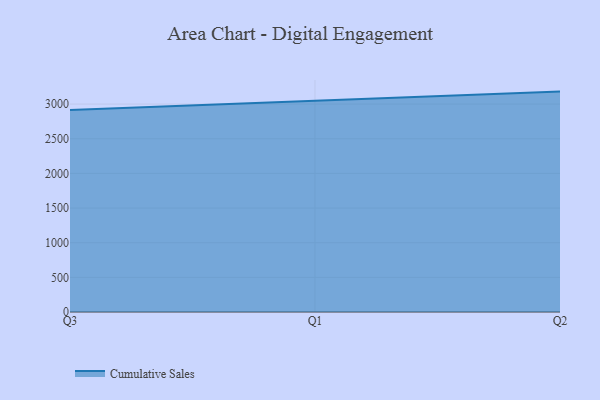
{"axis": {"x": "Quarter", "y": "Humidity (%)"}, "legend": ["Cumulative Sales"], "data": [{"x": "Q3", "y": 2916.1, "type": "Cumulative Sales"}, {"x": "Q1", "y": 3050.2, "type": "Cumulative Sales"}, {"x": "Q2", "y": 3180.0, "type": "Cumulative Sales"}]}